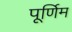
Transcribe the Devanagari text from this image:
पूर्णिम